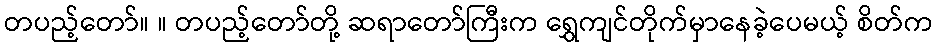
တပည့်တော်။ ။ တပည့်တော်တို့ ဆရာတော်ကြီးက ရွှေကျင်တိုက်မှာနေခဲ့ပေမယ့် စိတ်က